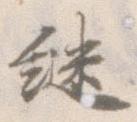
継